Civil Veterinary Dept. Bombay admin report 1923-31 - 1923-1931
Year: 1923
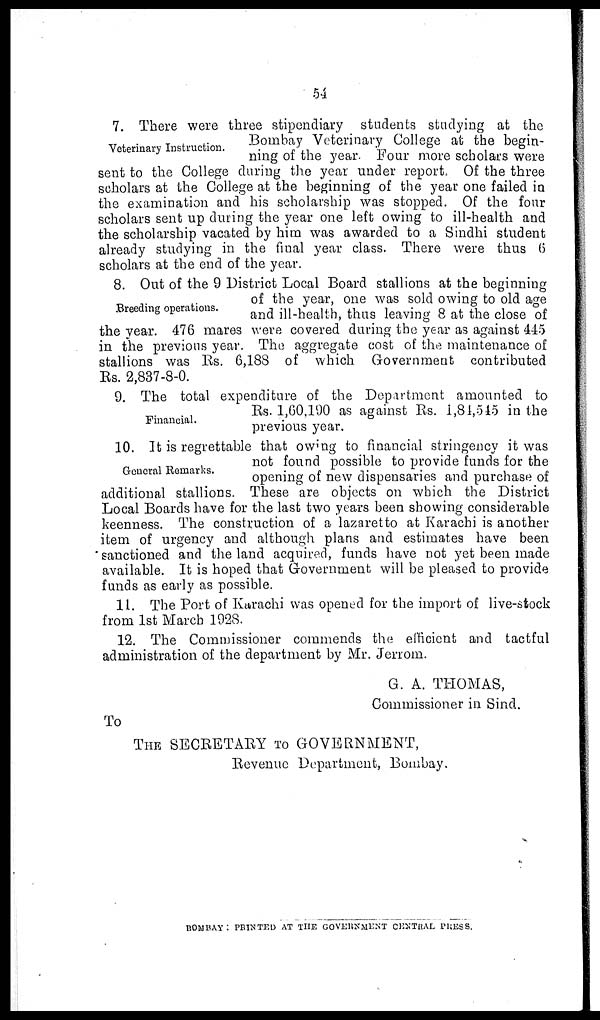
54
Veterinary Instruction.
7. There were three stipendiary students studying at the
Bombay Veterinary College at the begin-
ning of the year. Four more scholars were
sent to the College during the year under report. Of the three
scholars at the College at the beginning of the year one failed in
the examination and his scholarship was stopped. Of the four
scholars sent up during the year one left owing to ill-health and
the scholarship vacated by him was awarded to a Sindhi student
already studying in the final year class. There were thus 6
scholars at the end of the year.
Breeding operations.
8. Out of the 9 District Local Board stallions at the beginning
of the year, one was sold owing to old age
and ill-health, thus leaving 8 at the close of
the year. 476 mares were covered during the year as against 445
in the previous year. The aggregate cost of the maintenance of
stallions was Rs. 6,188 of which Government contributed
Rs. 2,837-8-0.
Financial.
9. The total expenditure of the Department amounted to
Rs. 1,60,190 as against Rs. 1,81,515 in the
previous year.
General Remarks.
10. It is regrettable that owing to financial stringency it was
not found possible to provide funds for the
opening of new dispensaries and purchase of
additional stallions. These are objects on which the District
Local Boards have for the last two years been showing considerable
keenness. The construction of a lazaretto at Karachi is another
item of urgency and although plans and estimates have been
sanctioned and the land acquired, funds have not yet been made
available. It is hoped that Government will be pleased to provide
funds as early as possible.
11. The Port of Karachi was opened for the import of live-stock
from 1st March 1928.
12. The Commissioner commends the efficient and tactful
administration of the department by Mr. Jerrom.
G. A. THOMAS,
Commissioner in Sind.
To
THE SECRETARY TO GOVERNMENT,
Revenue Department, Bombay.
BOMBAY : PRINTED AT THE GOVERNMENT CENTRAL PRESS.